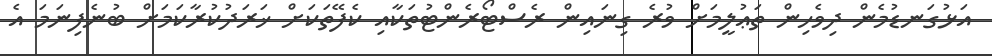
އަޅުގަނޑުމެން ދިވެހިން ތަޢުލީމަށް ވުރެ ގިނައިން ރެސްޓޯރެންޓުތަކާއި ކެފޭތަކަށް ޚަރަދުކުރާކަމަށް ބުނެފިނަމަ އެ